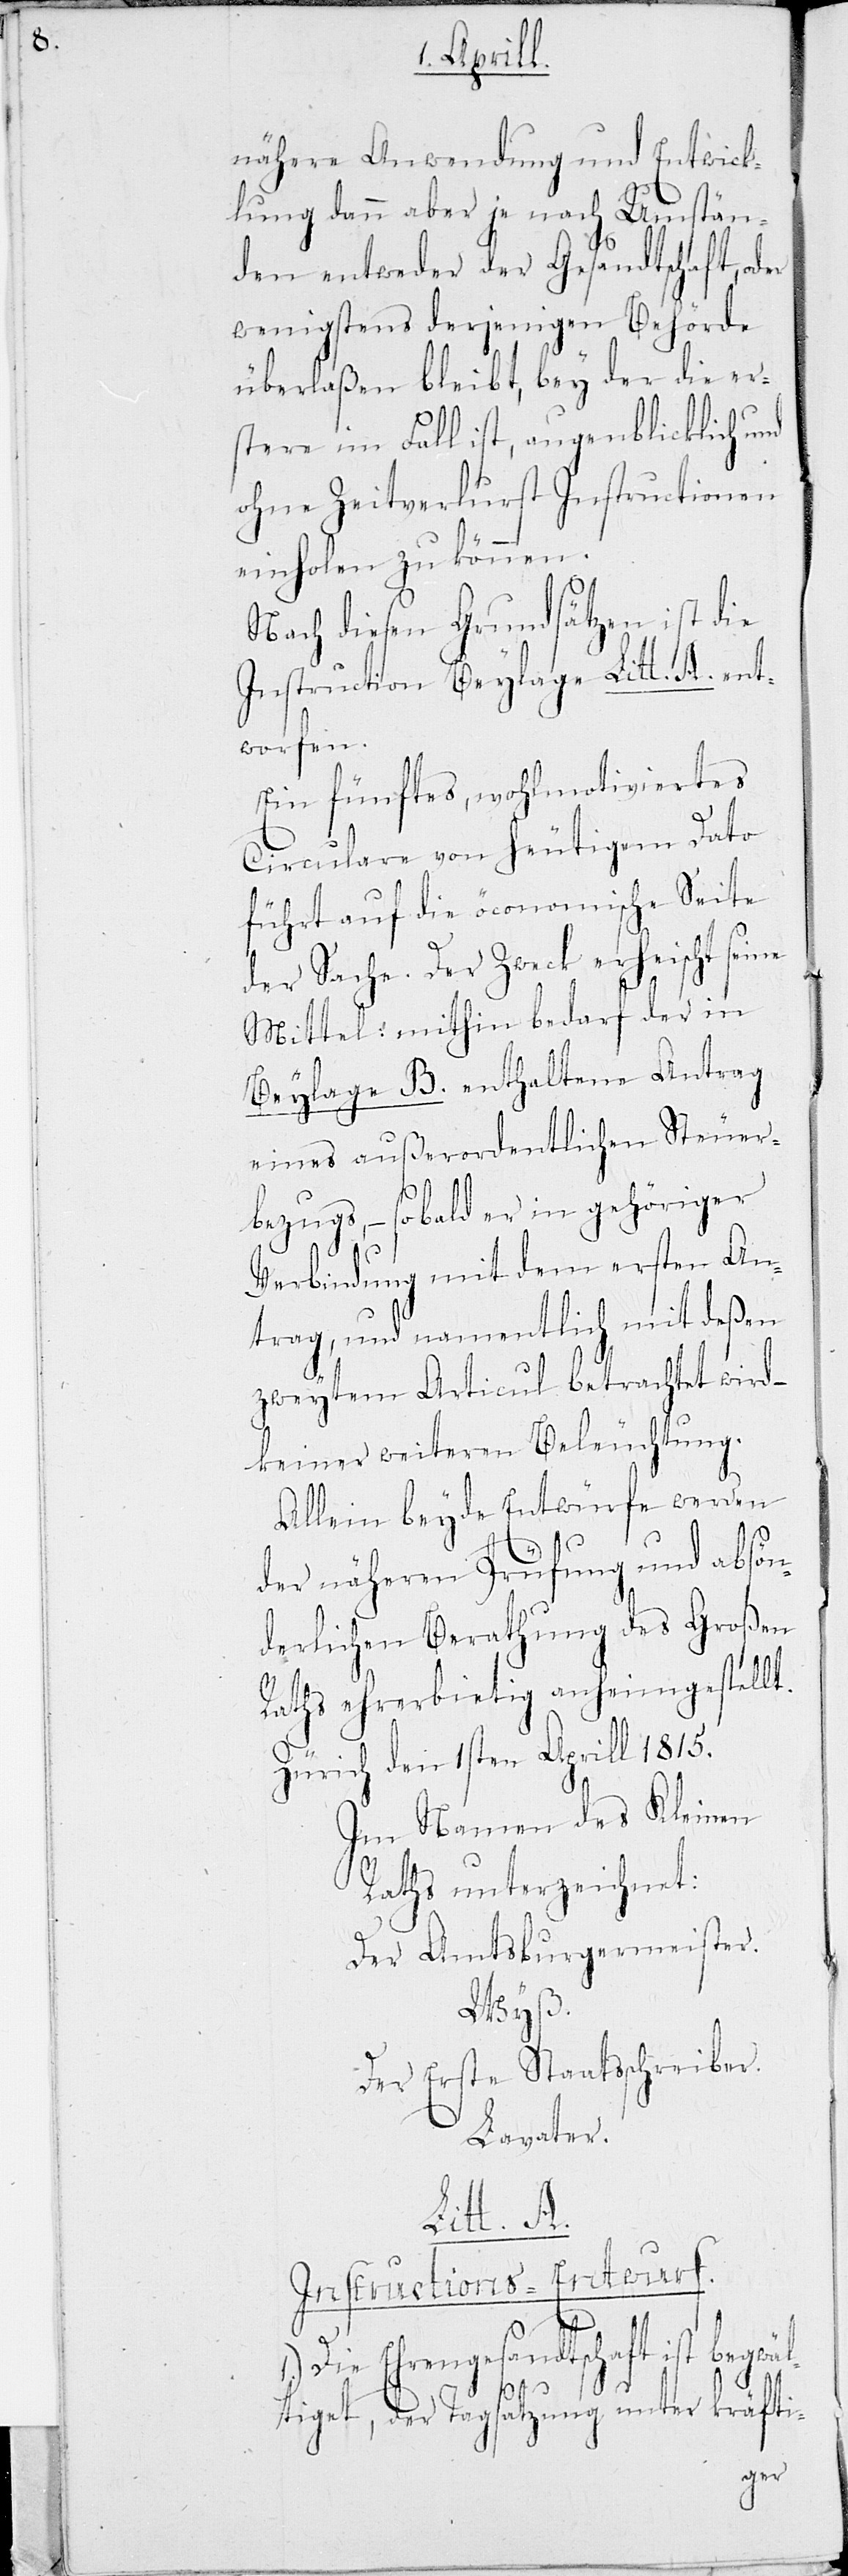
nähere Anwendung und Entwick¬
lung dann aber je nach Umstän¬
den entweder der Gesandtschaft, oder
wenigstens derjenigen Behörde
überlaßen bleibt, bey der die er¬
stere im Fall ist, augenblicklich und
ohne Zeitverlust Instructionen
einholen zu können.
Nach diesen Grundsätzen ist die
Instruction Beylage Litt. A. ent¬
worfen:
Ein fünftes wohlmotiviertes
Circulare von heutigem Dato
führt auf die öconomische Seite
der Sache. Der Zweck erheischt seine
Mittel: mithin bedarf der in
Beylage B. enthaltene Antrag
eines außerordentlichen Steuer¬
1.)
bezugs, – sobald er in gehöriger
Verbindung mit dem ersten An¬
trag, und namentlich mit deßen
zweytem Articul betrachtet wird –
keiner weiteren Beleuchtung.
Allein beyde Entwürfe werden
der näheren Prüfung und absön¬
derlichen Berathung des Großen
Raths ehrerbietig anheim gestellt.
Zürich den 1sten Aprill 1815.
Im Namen des Kleinen
Raths unterzeichnet:
Der Amtsburgermeister.
Wyß.
Der erste Staatsschreiber
Lavater.
Litt. A.
Instructions-Entwurf.
Die Ehrengesandtschaft ist beg¬
wä¬
ltiget, der Tagsatzung unter kräfti-